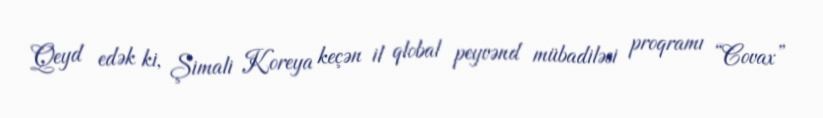
Qeyd edək ki, Şimali Koreya keçən il qlobal peyvənd mübadiləsi proqramı “Covax”